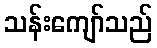
သန်းကျော်သည်